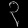
Digit: ၃